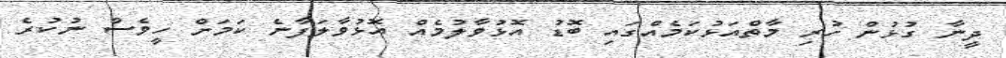
ދީނާ ގުޅުން ހުރި މާތްއަޅުކަމެއްގައި ބޮޑު އޮޅުވާލުމެއް އޮޅުވާލަފާނެ ކަމަށް ހީވެސް ނުކުރެ